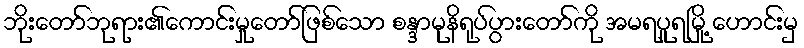
ဘိုးတော်ဘုရား၏ကောင်းမှုတော်ဖြစ်သော စန္ဒာမုနိရုပ်ပွားတော်ကို အမရပူရမြို့ ဟောင်းမှ